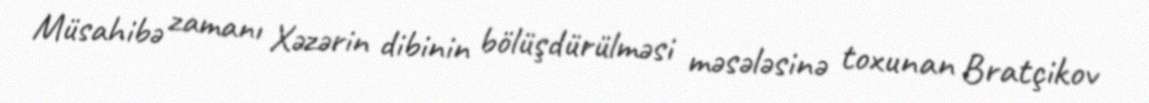
Müsahibə zamanı Xəzərin dibinin bölüşdürülməsi məsələsinə toxunan Bratçikov